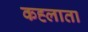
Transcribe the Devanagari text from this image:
कह्लाता